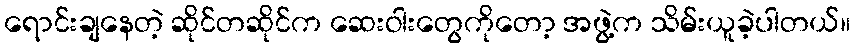
ရောင်းချနေတဲ့ ဆိုင်တဆိုင်က ဆေးဝါးတွေကိုတော့ အဖွဲ့က သိမ်းယူခဲ့ပါတယ်။